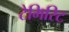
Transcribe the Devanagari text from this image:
टेमिरिट